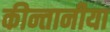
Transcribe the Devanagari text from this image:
कीन्तानीया